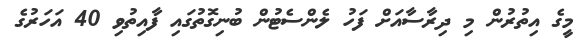
މީގެ އިތުރުން މި ދިރާސާއަށް ފަހު ލެންސެޓުން ބުނިގޮތުގައި ފާއިތުވި 40 އަހަރުގެ